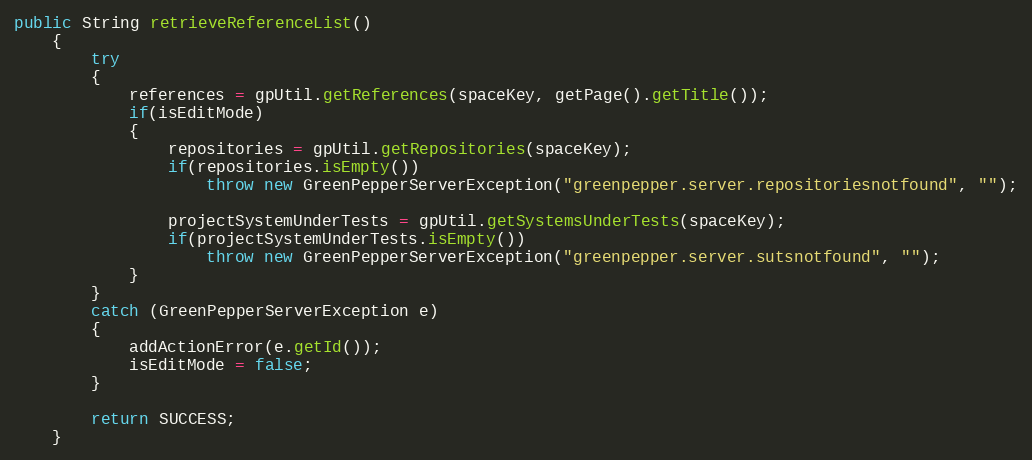
Language: Java
public String retrieveReferenceList()
    {
        try
        {
            references = gpUtil.getReferences(spaceKey, getPage().getTitle());
            if(isEditMode)
            {
                repositories = gpUtil.getRepositories(spaceKey);
                if(repositories.isEmpty())
                    throw new GreenPepperServerException("greenpepper.server.repositoriesnotfound", "");

                projectSystemUnderTests = gpUtil.getSystemsUnderTests(spaceKey);
                if(projectSystemUnderTests.isEmpty())
                    throw new GreenPepperServerException("greenpepper.server.sutsnotfound", "");
            }
        }
        catch (GreenPepperServerException e)
        {
            addActionError(e.getId());
            isEditMode = false;
        }

        return SUCCESS;
    }